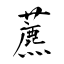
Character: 藨